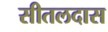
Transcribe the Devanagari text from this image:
सीतलदास